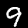
Label: 9